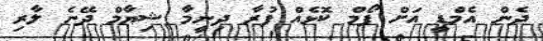
ދެން އެމްޑީ އަށް ފޯމް ކޮޅެއް ފުރާ ދިނީމާ ޝިޔާމް ދޭނެ ލާރި